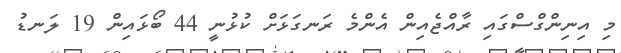
މި އިނިންގްސްގައި ރާއްޖެއިން އެންމެ ރަނގަޅަށް ކުޅުނީ 44 ބޯޅައިން 19 ލަނޑު